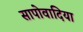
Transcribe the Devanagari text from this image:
सापोवादिया